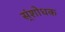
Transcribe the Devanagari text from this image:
स्ंशोधक